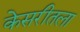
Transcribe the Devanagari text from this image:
केसरीतला